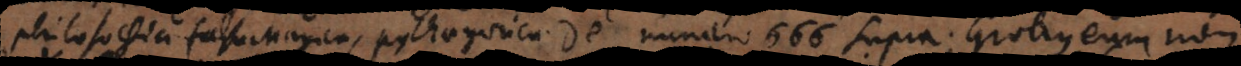
philosophia falsa, Magica, pythagorica. De numero 666 supra; Grotius eum non